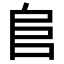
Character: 𨸏